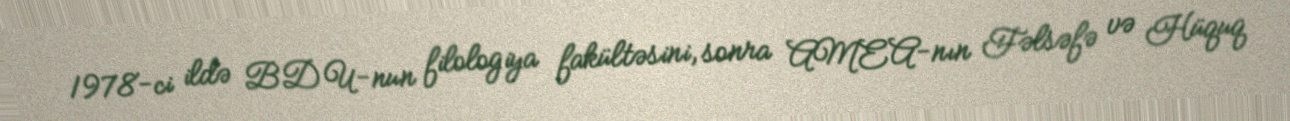
1978-ci ildə BDU-nun filologiya fakültəsini, sonra AMEA-nın Fəlsəfə və Hüquq